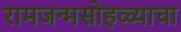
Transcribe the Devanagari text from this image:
रामजन्मसोहळ्याचा